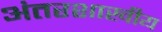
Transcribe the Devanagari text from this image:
अंतरशाखीय